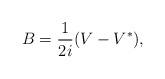
LaTeX: \begin{align*}B=\frac{1}{2i}(V-V^{*}),\end{align*}